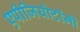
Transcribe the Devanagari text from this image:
एपीजियोटॉमी